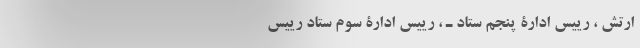
ارتش‌ ، رییس‌ ادارۀ‌‌ پنجم‌ ستاد ـ ، رییس‌ ادارۀ‌‌ سوم‌ ستاد رییس‌